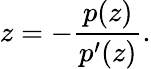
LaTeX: z=-\frac{p(z)}{p^{\prime}(z)}.